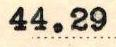
44.29